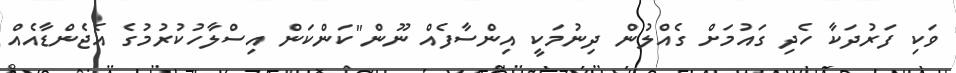
ވަކި ފަރުދަކާ ހެދި ގައުމަށް ގެއްލުން ދިނުމަކީ އިންސާފެއް ނޫން"ކަންކަން އިސްލާހުކުރުމުގެ އެޖެންޑާއެއް